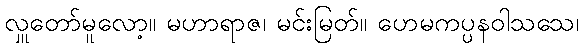
လှူတော်မူလော့။ မဟာရာဇ၊ မင်းမြတ်။ ဟေမကပ္ပနဝါသသေ၊